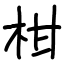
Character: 柑